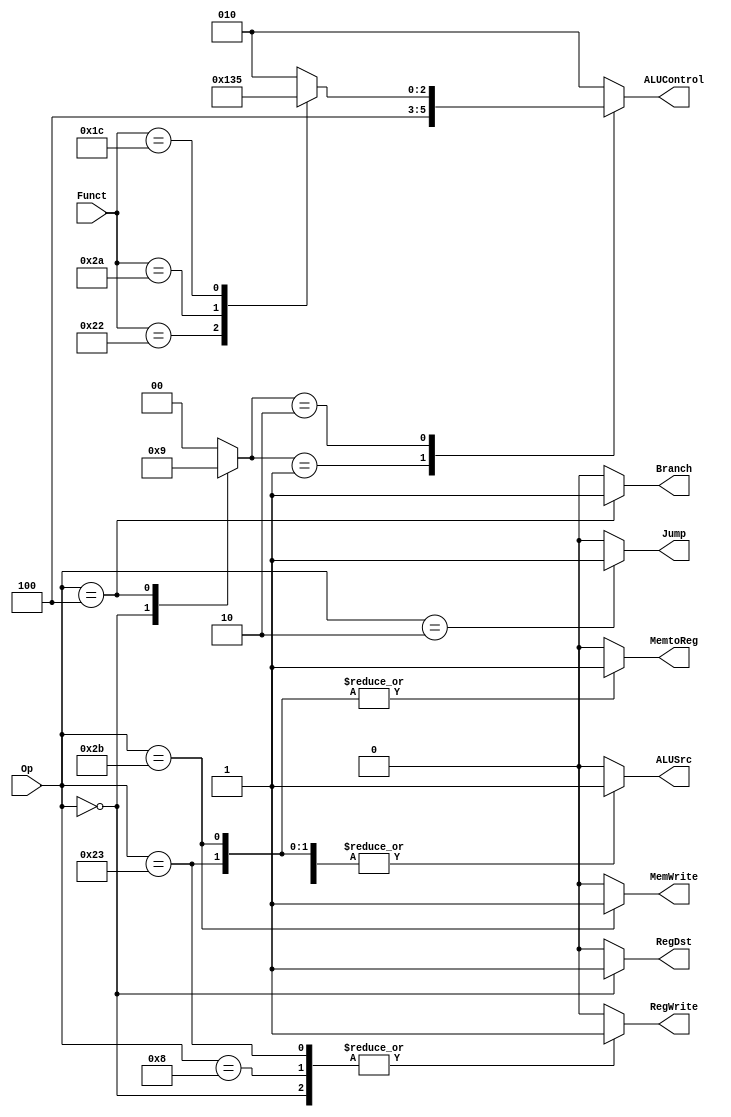
module Control_Unit (
    input      [5:0] Op,Funct,
    output reg       RegWrite,RegDst,
    output reg       MemtoReg,MemWrite,
    output reg       ALUSrc,Branch,Jump,
    output reg [2:0] ALUControl
);
    
reg [1:0] ALUOp;

//Main Decoder block
always@ (*)
begin
    case(Op)
        6'b10_0011: 
        begin
            ALUOp = 2'b00;
            MemWrite = 1'b0;
            RegWrite = 1'b1;
            RegDst = 1'b0;
            ALUSrc = 1'b1;
            MemtoReg = 1'b1;
            Branch = 1'b0;
            Jump = 1'b0;
        end
        6'b10_1011:
        begin 
            ALUOp = 2'b00;
            MemWrite = 1'b1;
            RegWrite = 1'b0;
            RegDst = 1'b0;
            ALUSrc = 1'b1;
            MemtoReg = 1'b1;
            Branch = 1'b0;
            Jump = 1'b0;
        end
        6'b00_0000:
        begin
            ALUOp = 2'b10;
            MemWrite = 1'b0;
            RegWrite = 1'b1;
            RegDst = 1'b1;
            ALUSrc = 1'b0;
            MemtoReg = 1'b0;
            Branch = 1'b0;
            Jump = 1'b0;
        end
        6'b00_1000:
        begin
            ALUOp = 2'b00;
            MemWrite = 1'b0;
            RegWrite = 1'b1;
            RegDst = 1'b0;
            ALUSrc = 1'b1;
            MemtoReg = 1'b0;
            Branch = 1'b0;
            Jump = 1'b0;
        end
        6'b00_0100:
        begin
            ALUOp = 2'b01;
            MemWrite = 1'b0;
            RegWrite = 1'b0;
            RegDst = 1'b0;
            ALUSrc = 1'b0;
            MemtoReg = 1'b0;
            Branch = 1'b1;
            Jump = 1'b0;
        end
        6'b00_0010:
        begin
            ALUOp = 2'b00;
            MemWrite = 1'b0;
            RegWrite = 1'b0;
            RegDst = 1'b0;
            ALUSrc = 1'b0;
            MemtoReg = 1'b0;
            Branch = 1'b0;
            Jump = 1'b1;
        end
        default:
        begin
            ALUOp = 2'b00;
            MemWrite = 1'b0;
            RegWrite = 1'b0;
            RegDst = 1'b0;
            ALUSrc = 1'b0;
            MemtoReg = 1'b0;
            Branch = 1'b0;
            Jump = 1'b0;
        end
    endcase
end

//ALU Decoder block
always@ (*)
begin
    case(ALUOp)
    2'b01: ALUControl = 3'b100;
    2'b10:  
    begin
        case(Funct)
        6'b10_0010: ALUControl = 3'b100;
        6'b10_1010: ALUControl = 3'b110;
        6'b01_1100: ALUControl = 3'b101;
        default: ALUControl = 3'b010;
        endcase
    end
    default: ALUControl = 3'b010;
    endcase
end

endmodule